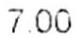
7.00